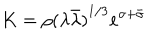
K = \rho { ( \lambda \bar { \lambda } ) } ^ { 1 / 3 } e ^ { \sigma + \bar { \sigma } }